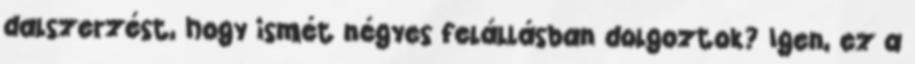
dalszerzést, hogy ismét négyes felállásban dolgoztok? Igen, ez a